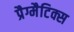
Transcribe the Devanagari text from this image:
प्रैग्मैटिक्स